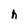
Character: h